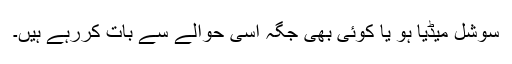
سوشل میڈیا ہو یا کوئی بھی جگہ اسی حوالے سے بات کررہے ہیں۔